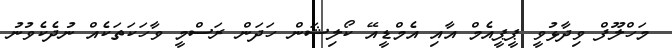
މަހްލޫފް ވިދާޅުވީ ޕީޕީއެމް އާއި އެމްޑީއޭ ކޯލިޝަން ހަދަން ރަސްމީ ވާހަކަތަކެއް ނުދެކެވުނު